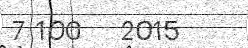
7 100   2015